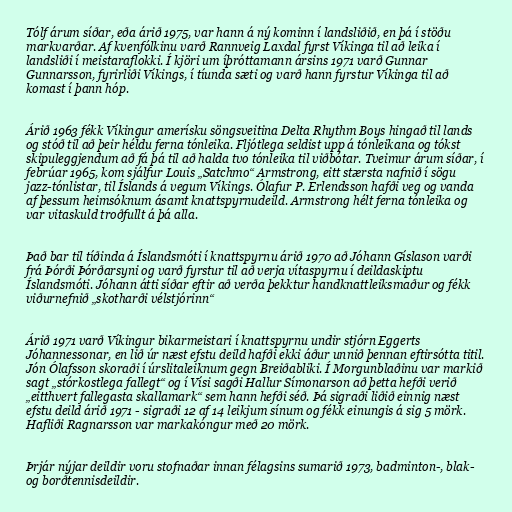
Tólf árum síðar, eða árið 1975, var hann á ný kominn í landsliðið, en þá í stöðu
markvarðar. Af kvenfólkinu varð Rannveig Laxdal fyrst Víkinga til að leika í
landsliði í meistaraflokki. Í kjöri um íþróttamann ársins 1971 varð Gunnar
Gunnarsson, fyrirliði Víkings, í tíunda sæti og varð hann fyrstur Víkinga til að
komast í þann hóp.

Árið 1963 fékk Víkingur amerísku söngsveitina Delta Rhythm Boys hingað til lands
og stóð til að þeir héldu ferna tónleika. Fljótlega seldist upp á tónleikana og tókst
skipuleggjendum að fá þá til að halda tvo tónleika til viðbótar. Tveimur árum síðar, í
febrúar 1965, kom sjálfur Louis „Satchmo“ Armstrong, eitt stærsta nafnið í sögu
jazz-tónlistar, til Íslands á vegum Víkings. Ólafur P. Erlendsson hafði veg og vanda
af þessum heimsóknum ásamt knattspyrnudeild. Armstrong hélt ferna tónleika og
var vitaskuld troðfullt á þá alla.

Það bar til tíðinda á Íslandsmóti í knattspyrnu árið 1970 að Jóhann Gíslason varði
frá Þórði Þórðarsyni og varð fyrstur til að verja vítaspyrnu í deildaskiptu
Íslandsmóti. Jóhann átti síðar eftir að verða þekktur handknattleiksmaður og fékk
viðurnefnið „skotharði vélstjórinn“

Árið 1971 varð Víkingur bikarmeistari í knattspyrnu undir stjórn Eggerts
Jóhannessonar, en lið úr næst efstu deild hafði ekki áður unnið þennan eftirsótta titil.
Jón Ólafsson skoraði í úrslitaleiknum gegn Breiðabliki. Í Morgunblaðinu var markið
sagt „stórkostlega fallegt“ og í Vísi sagði Hallur Símonarson að þetta hefði verið
„eitthvert fallegasta skallamark“ sem hann hefði séð. Þá sigraði liðið einnig næst
efstu deild árið 1971 - sigraði 12 af 14 leikjum sínum og fékk einungis á sig 5 mörk.
Hafliði Ragnarsson var markakóngur með 20 mörk.

Þrjár nýjar deildir voru stofnaðar innan félagsins sumarið 1973, badminton-, blak-
og borðtennisdeildir.